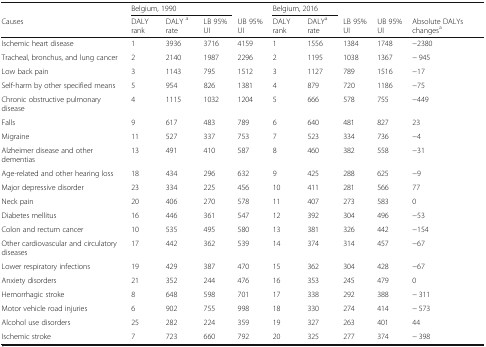
<table><thead><tr><td></td><td colspan="3"><b>Belgium, 1990</b></td><td></td><td colspan="2"><b>Belgium, 2016</b></td><td></td><td></td><td></td></tr><tr><td><b>Causes</b></td><td><b>DALY rank</b></td><td><b>DALY <sup>a</sup> rate</b></td><td><b>LB 95% UI</b></td><td><b>UB 95% UI</b></td><td><b>DALY rank</b></td><td><b>DALY<sup>a</sup> rate</b></td><td><b>LB 95% UI</b></td><td><b>UB 95% UI</b></td><td><b>Absolute DALYs changes<sup>a</sup></b></td></tr></thead><tbody><tr><td>Ischemic heart disease</td><td>1</td><td>3936</td><td>3716</td><td>4159</td><td>1</td><td>1556</td><td>1384</td><td>1748</td><td>−2380</td></tr><tr><td>Tracheal, bronchus, and lung cancer</td><td>2</td><td>2140</td><td>1987</td><td>2296</td><td>2</td><td>1195</td><td>1038</td><td>1367</td><td>− 945</td></tr><tr><td>Low back pain</td><td>3</td><td>1143</td><td>795</td><td>1512</td><td>3</td><td>1127</td><td>789</td><td>1516</td><td>−17</td></tr><tr><td>Self-harm by other specified means</td><td>5</td><td>954</td><td>826</td><td>1381</td><td>4</td><td>879</td><td>720</td><td>1186</td><td>−75</td></tr><tr><td>Chronic obstructive pulmonary disease</td><td>4</td><td>1115</td><td>1032</td><td>1204</td><td>5</td><td>666</td><td>578</td><td>755</td><td>−449</td></tr><tr><td>Falls</td><td>9</td><td>617</td><td>483</td><td>789</td><td>6</td><td>640</td><td>481</td><td>827</td><td>23</td></tr><tr><td>Migraine</td><td>11</td><td>527</td><td>337</td><td>753</td><td>7</td><td>523</td><td>334</td><td>736</td><td>−4</td></tr><tr><td>Alzheimer disease and other dementias</td><td>13</td><td>491</td><td>410</td><td>587</td><td>8</td><td>460</td><td>382</td><td>558</td><td>−31</td></tr><tr><td>Age-related and other hearing loss</td><td>18</td><td>434</td><td>296</td><td>632</td><td>9</td><td>425</td><td>288</td><td>625</td><td>−9</td></tr><tr><td>Major depressive disorder</td><td>23</td><td>334</td><td>225</td><td>456</td><td>10</td><td>411</td><td>281</td><td>566</td><td>77</td></tr><tr><td>Neck pain</td><td>20</td><td>406</td><td>270</td><td>578</td><td>11</td><td>407</td><td>273</td><td>583</td><td>0</td></tr><tr><td>Diabetes mellitus</td><td>16</td><td>446</td><td>361</td><td>547</td><td>12</td><td>392</td><td>304</td><td>496</td><td>−53</td></tr><tr><td>Colon and rectum cancer</td><td>10</td><td>535</td><td>495</td><td>580</td><td>13</td><td>381</td><td>326</td><td>442</td><td>−154</td></tr><tr><td>Other cardiovascular and circulatory diseases</td><td>17</td><td>442</td><td>362</td><td>539</td><td>14</td><td>374</td><td>314</td><td>457</td><td>−67</td></tr><tr><td>Lower respiratory infections</td><td>19</td><td>429</td><td>387</td><td>470</td><td>15</td><td>362</td><td>304</td><td>428</td><td>−67</td></tr><tr><td>Anxiety disorders</td><td>21</td><td>352</td><td>244</td><td>476</td><td>16</td><td>353</td><td>245</td><td>479</td><td>0</td></tr><tr><td>Hemorrhagic stroke</td><td>8</td><td>648</td><td>598</td><td>701</td><td>17</td><td>338</td><td>292</td><td>388</td><td>− 311</td></tr><tr><td>Motor vehicle road injuries</td><td>6</td><td>902</td><td>755</td><td>998</td><td>18</td><td>330</td><td>274</td><td>414</td><td>− 573</td></tr><tr><td>Alcohol use disorders</td><td>25</td><td>282</td><td>224</td><td>359</td><td>19</td><td>327</td><td>263</td><td>401</td><td>44</td></tr><tr><td>Ischemic stroke</td><td>7</td><td>723</td><td>660</td><td>792</td><td>20</td><td>325</td><td>277</td><td>374</td><td>− 398</td></tr></tbody></table>